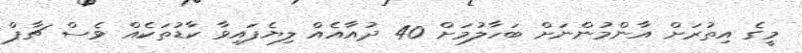
މީގެ އިތުރަށް އާންމުންނަށް ބަހާލުމަށް 40 ދުއާއެއް ލިޔެފައިވާ ކާޑުތަކެއް ވެސް ޗާޕް